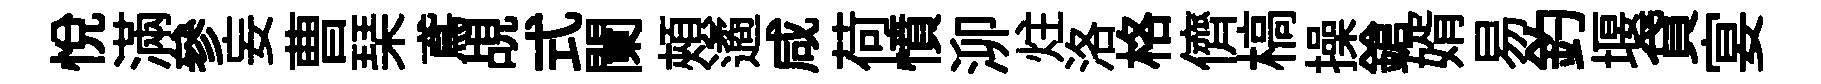
悅滿參妄曹琹鳶覘式闌頰遹咸荷憤泖炷洛格儕槁操鎗婿易釣堰貸宴